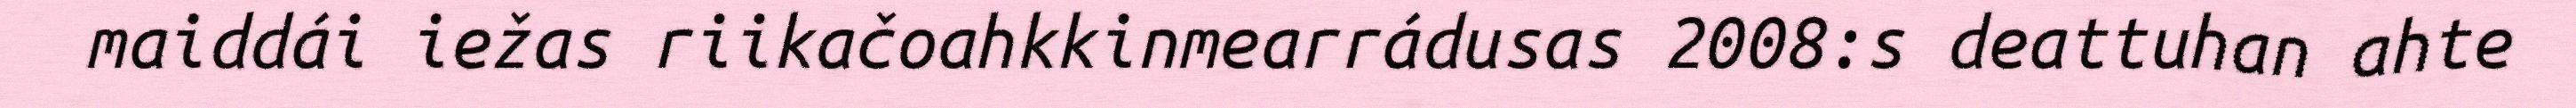
maiddái iežas riikačoahkkinmearrádusas 2008:s deattuhan ahte